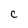
Character: c